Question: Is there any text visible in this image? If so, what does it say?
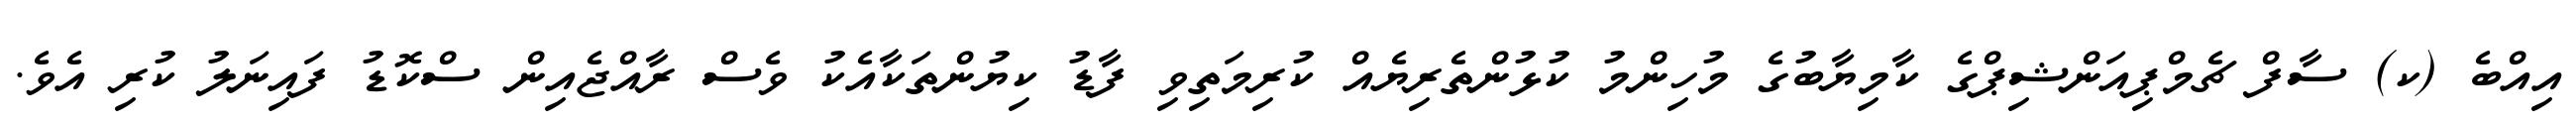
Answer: އިއްބެ (ކ) ސާފް ޗެމްޕިއަންޝިޕްގެ ކާމިޔާބުގެ މުހިންމު ކުޅުންތެރިޔެއް ކުރިމަތިވި ފާޑު ކިޔުންތަކާއެކު ވެސް ރާއްޖެއިން ސްކޮޑު ފައިނަލު ކުރި އެވެ.